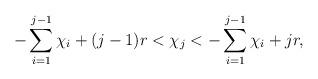
LaTeX: \begin{align*}- \sum\limits_{i=1}^{j-1} \chi_i +(j-1)r < \chi_j < - \sum\limits_{i=1}^{j-1} \chi_i + jr,\end{align*}